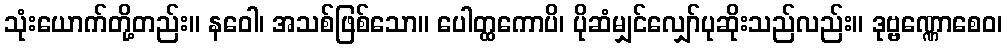
သုံးယောက်တို့တည်း။ နဝေါ၊ အသစ်ဖြစ်သော။ ပေါတ္ထကောပိ၊ ပိုဆံမျှင်လျှော်ပုဆိုးသည်လည်း။ ဒုဗ္ဗဏ္ဏောစေဝ၊